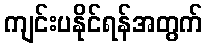
ကျင်းပနိုင်ရန်အတွက်